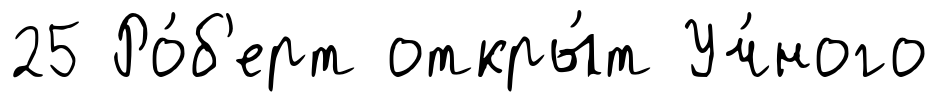
25 Ро́б'ерт откры́т Уч́ного